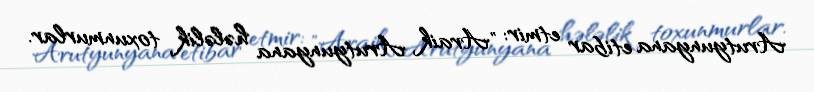
Arutyunyana etibar etmir: "Araik Arutyunyana hələlik toxunmurlar.